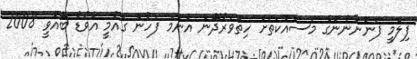
ފިލްމީ ފަންނާނުންގެ މަސައްކަތަށް ހިތްވަރުދޭން އެންމެ ފަހުން ގައުމީ އެވޯޑު ބޭއްވީ 2008